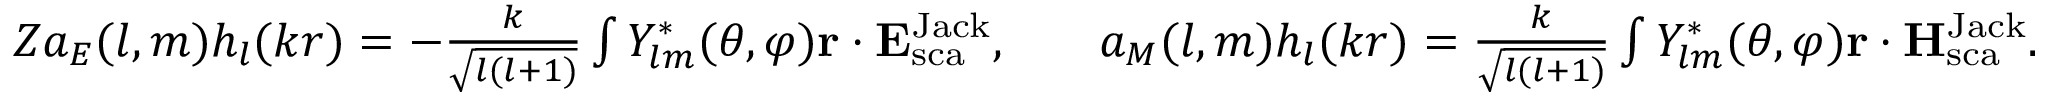
\begin{array} { r l r } { Z a _ { E } ( l , m ) h _ { l } ( k r ) = - \frac { k } { \sqrt { l ( l + 1 ) } } \int Y _ { l m } ^ { * } ( \theta , \varphi ) { \bf r } \cdot { \bf E } _ { \mathrm { s c a } } ^ { \mathrm { { J a c k } } } , } & { } & { a _ { M } ( l , m ) h _ { l } ( k r ) = \frac { k } { \sqrt { l ( l + 1 ) } } \int Y _ { l m } ^ { * } ( \theta , \varphi ) { \bf r } \cdot { \bf H } _ { \mathrm { s c a } } ^ { \mathrm { { J a c k } } } . } \end{array}